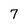
Character: 7